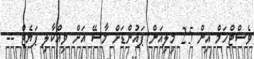
ވެސްޓްހަމް އިން 25 މިލިއަން ޕައުންޑަށް މާސޭ އަށް ވިއްކާލި ޕަޔެޓް --